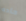
حاده